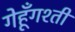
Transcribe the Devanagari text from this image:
गेहूँगश्ती